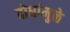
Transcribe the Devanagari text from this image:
दोघांमुळे